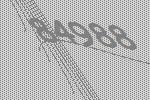
84988